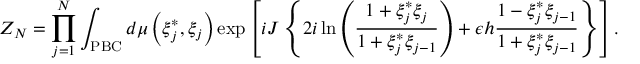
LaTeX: Z _ { N } = \prod _ { j = 1 } ^ { N } \int _ { \mathrm { P B C } } { d \mu \left( { \xi _ { j } ^ { * } , \xi _ { j } } \right) } \exp \left[ i J \left\{ 2 i \ln \left( { \frac { 1 + \xi _ { j } ^ { * } \xi _ { j } } { 1 + \xi _ { j } ^ { * } \xi _ { j - 1 } } } \right) + \epsilon h { \frac { 1 - \xi _ { j } ^ { * } \xi _ { j - 1 } } { 1 + \xi _ { j } ^ { * } \xi _ { j - 1 } } } \right\} \right] .